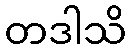
တဒါသိ